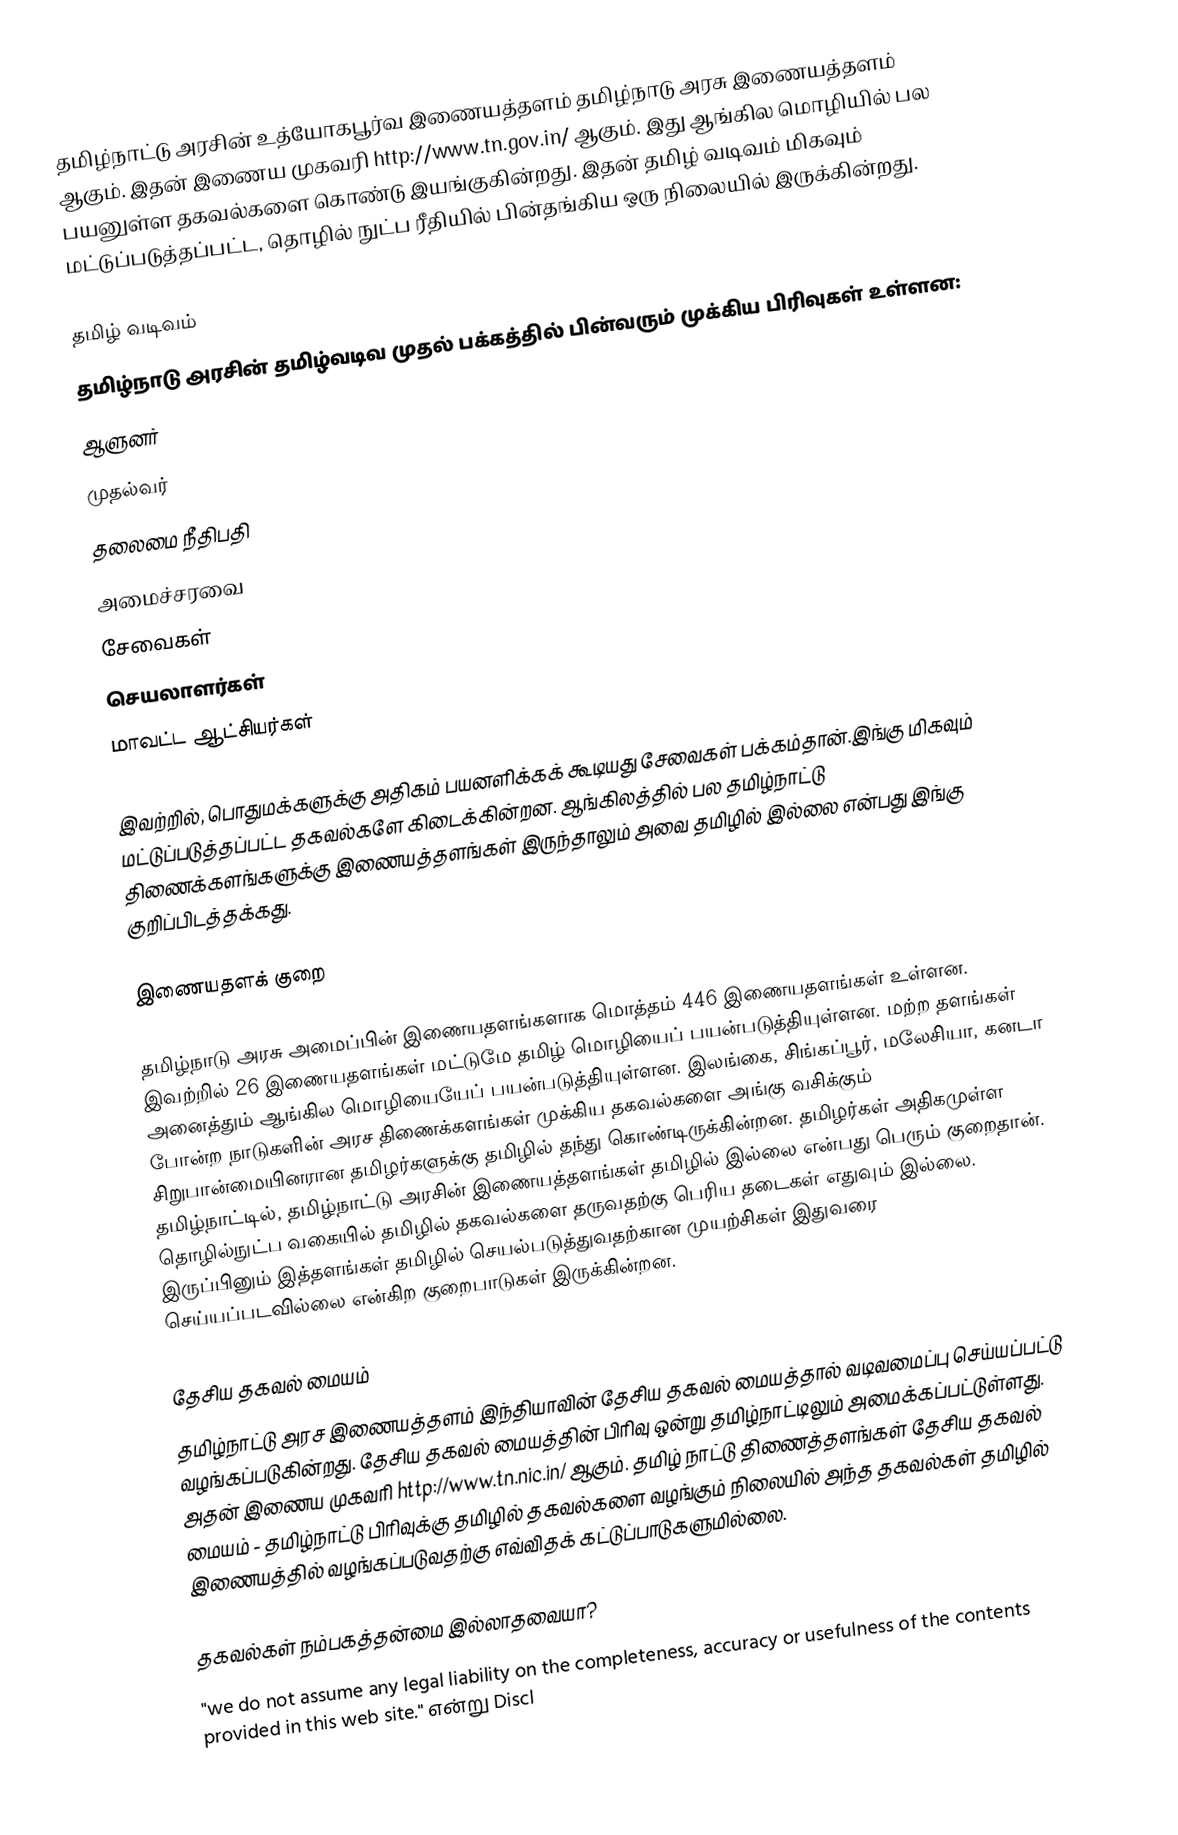
தமிழ்நாட்டு அரசின் உத்யோகபூர்வ இணையத்தளம் தமிழ்நாடு அரசு இணையத்தளம் ஆகும்.  இதன் இணைய முகவரி http://www.tn.gov.in/ ஆகும்.  இது ஆங்கில மொழியில் பல பயனுள்ள தகவல்களை கொண்டு இயங்குகின்றது.  இதன் தமிழ் வடிவம் மிகவும் மட்டுப்படுத்தப்பட்ட, தொழில் நுட்ப ரீதியில் பின்தங்கிய ஒரு நிலையில் இருக்கின்றது.

தமிழ் வடிவம்
தமிழ்நாடு அரசின் தமிழ்வடிவ முதல் பக்கத்தில் பின்வரும் முக்கிய பிரிவுகள் உள்ளன:
 ஆளுனர்
 முதல்வர்
 தலைமை நீதிபதி
 அமைச்சரவை
 சேவைகள்
 செயலாளர்கள்
 மாவட்ட ஆட்சியர்கள்

இவற்றில், பொதுமக்களுக்கு அதிகம் பயனளிக்கக் கூடியது சேவைகள் பக்கம்தான்.இங்கு மிகவும் மட்டுப்படுத்தப்பட்ட தகவல்களே கிடைக்கின்றன. ஆங்கிலத்தில் பல தமிழ்நாட்டு திணைக்களங்களுக்கு இணையத்தளங்கள் இருந்தாலும் அவை தமிழில் இல்லை என்பது இங்கு குறிப்பிடத்தக்கது.

இணையதளக் குறை

தமிழ்நாடு அரசு அமைப்பின் இணையதளங்களாக மொத்தம் 446 இணையதளங்கள் உள்ளன. இவற்றில் 26 இணையதளங்கள் மட்டுமே தமிழ் மொழியைப் பயன்படுத்தியுள்ளன. மற்ற தளங்கள் அனைத்தும் ஆங்கில மொழியையேப் பயன்படுத்தியுள்ளன. இலங்கை, சிங்கப்பூர், மலேசியா, கனடா போன்ற நாடுகளின் அரச திணைக்களங்கள் முக்கிய தகவல்களை அங்கு வசிக்கும் சிறுபான்மையினரான தமிழர்களுக்கு தமிழில் தந்து கொண்டிருக்கின்றன. தமிழர்கள் அதிகமுள்ள தமிழ்நாட்டில், தமிழ்நாட்டு அரசின் இணையத்தளங்கள் தமிழில் இல்லை என்பது பெரும் குறைதான். தொழில்நுட்ப வகையில் தமிழில் தகவல்களை தருவதற்கு பெரிய தடைகள் எதுவும் இல்லை. இருப்பினும் இத்தளங்கள் தமிழில் செயல்படுத்துவதற்கான முயற்சிகள் இதுவரை செய்யப்படவில்லை என்கிற குறைபாடுகள் இருக்கின்றன.

தேசிய தகவல் மையம்
தமிழ்நாட்டு அரச இணையத்தளம் இந்தியாவின் தேசிய தகவல் மையத்தால் வடிவமைப்பு செய்யப்பட்டு வழங்கப்படுகின்றது.  தேசிய தகவல் மையத்தின் பிரிவு ஒன்று தமிழ்நாட்டிலும் அமைக்கப்பட்டுள்ளது. அதன் இணைய முகவரி http://www.tn.nic.in/ ஆகும்.  தமிழ் நாட்டு திணைத்தளங்கள் தேசிய தகவல் மையம் - தமிழ்நாட்டு பிரிவுக்கு தமிழில் தகவல்களை வழங்கும் நிலையில் அந்த தகவல்கள் தமிழில் இணையத்தில் வழங்கப்படுவதற்கு எவ்விதக் கட்டுப்பாடுகளுமில்லை.

தகவல்கள் நம்பகத்தன்மை இல்லாதவையா?
"we do not assume any legal liability on the completeness, accuracy or usefulness of the contents provided in this web site." என்று Discl